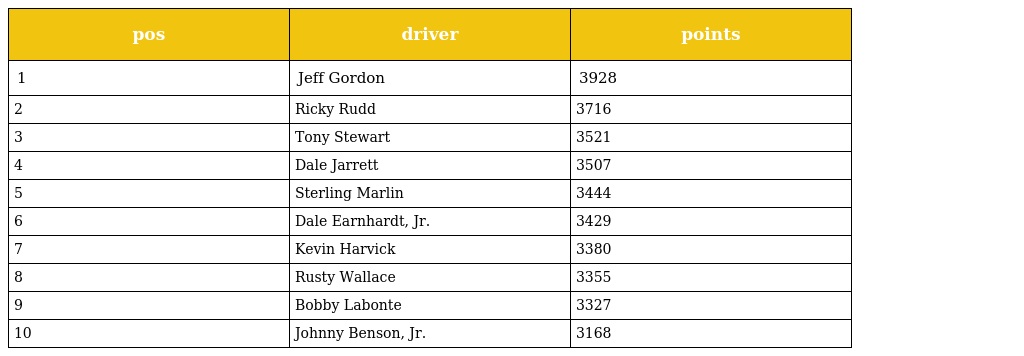
| pos | driver | points |
 | --- | --- | --- |
 | 1 | Jeff Gordon | 3928 |
 | 2 | Ricky Rudd | 3716 |
 | 3 | Tony Stewart | 3521 |
 | 4 | Dale Jarrett | 3507 |
 | 5 | Sterling Marlin | 3444 |
 | 6 | Dale Earnhardt, Jr. | 3429 |
 | 7 | Kevin Harvick | 3380 |
 | 8 | Rusty Wallace | 3355 |
 | 9 | Bobby Labonte | 3327 |
 | 10 | Johnny Benson, Jr. | 3168 |